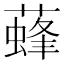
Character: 𦾌